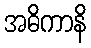
အဓိကာနိ